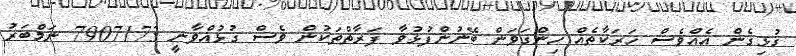
ގުޅިގެން އެއްވެސް ހަރަކާތެއް ހިންގަވަން ބޭނުންފުޅުވާ ފަރާތްތަކުން ވެސް ގުޅުއްވާނީ 7907173 ނަމްބަރު